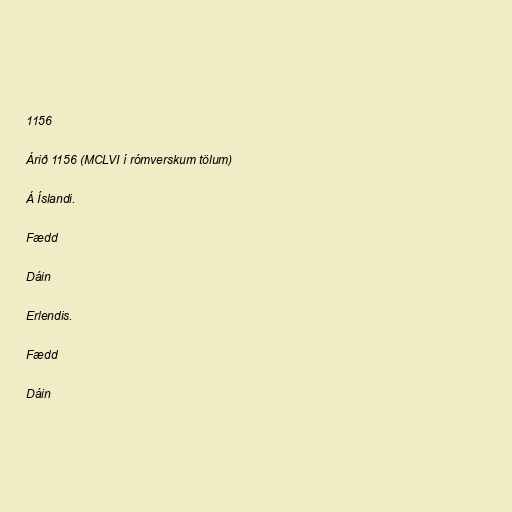
1156

Árið 1156 (MCLVI í rómverskum tölum)

Á Íslandi.

Fædd

Dáin

Erlendis.

Fædd

Dáin